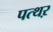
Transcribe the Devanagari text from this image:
पत्थऱ